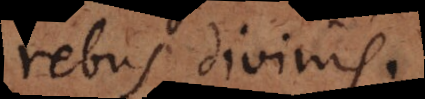
rebus divinis